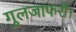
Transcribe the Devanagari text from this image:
गुलजाफरी।